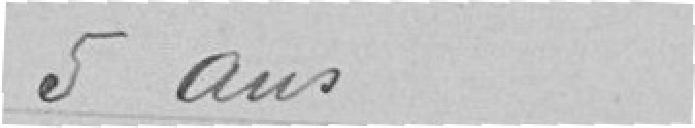
5 ans